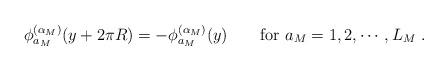
LaTeX: \begin{align*}\phi_{a_M}^{(\alpha_M)}(y+2\pi R)=-\phi_{a_M}^{(\alpha_M)}(y)\qquad\mbox{for $a_M=1,2,\cdots,L_M$}\ .\end{align*}